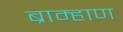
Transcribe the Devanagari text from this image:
ब्राम्हाण